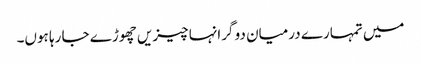
میں تمہارے درمیان دو گرانہا چیزیں چھوڑے جا رہا ہوں۔